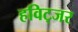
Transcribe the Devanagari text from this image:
हविट्जर